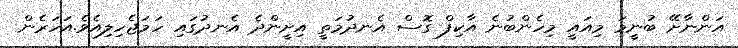
އަންނާށޭ ބުނީމަ މިއައީ މިހެންބުނެ އާކިފް ގޮސް އެނދުމަތީ އިށީންދެ އެނދުގައި ހަމަޖެހިލިއެވެ.އަހަރެން